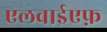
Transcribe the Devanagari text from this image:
एलवाईएफ़